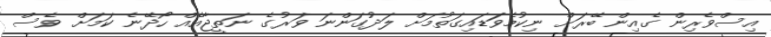
އިސްވެރިން ގެއިން ބޭރަށް ނިކުމެވަަޑައިގަތުމަށް ލަދުގަންނަ ވަރުގެ ނަތީޖާއެއް ހޯދޭނެ ކަމަށް ވެސް